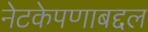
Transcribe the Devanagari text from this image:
नेटकेपणाबद्दल